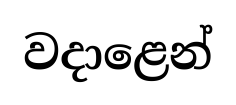
වදාළෙන්